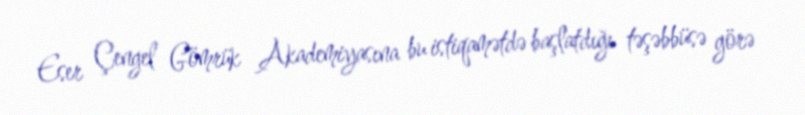
Eser Çengel Gömrük Akademiyasına bu istiqamətdə başlatdığı təşəbbüsə görə